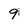
Character: 9